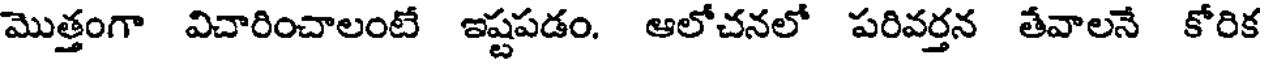
మొత్తంగా విచారించాలంటే ఇష్టపడం. ఆలోచనలో పరివర్తన తేవాలనే కోరిక